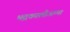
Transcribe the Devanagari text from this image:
भद्रकालीअम्मा